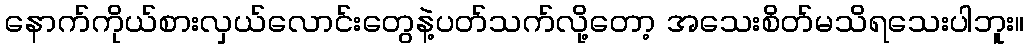
နောက်ကိုယ်စားလှယ်လောင်းတွေနဲ့ပတ်သက်လို့တော့ အသေးစိတ်မသိရသေးပါဘူး။